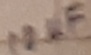
Text: 10µF